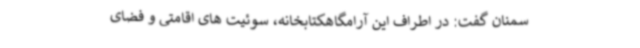
سمنان گفت: در اطراف این آرامگاهکتابخانه، سوئیت های اقامتی و فضای